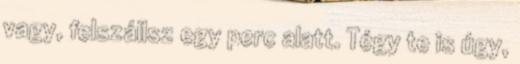
vagy, felszállsz egy perc alatt. Tégy te is úgy,